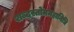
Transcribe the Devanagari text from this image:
शब्दस्तोममहानिधि